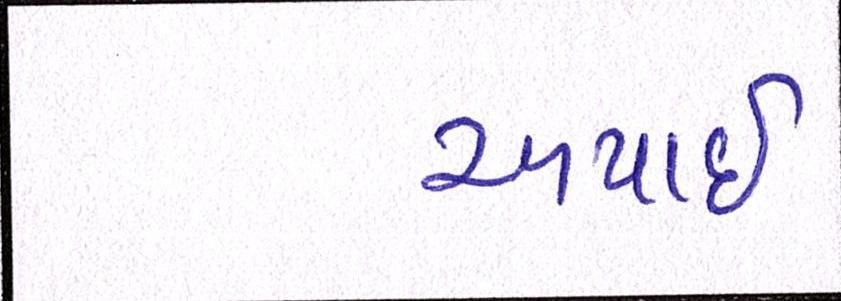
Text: અપાઇ